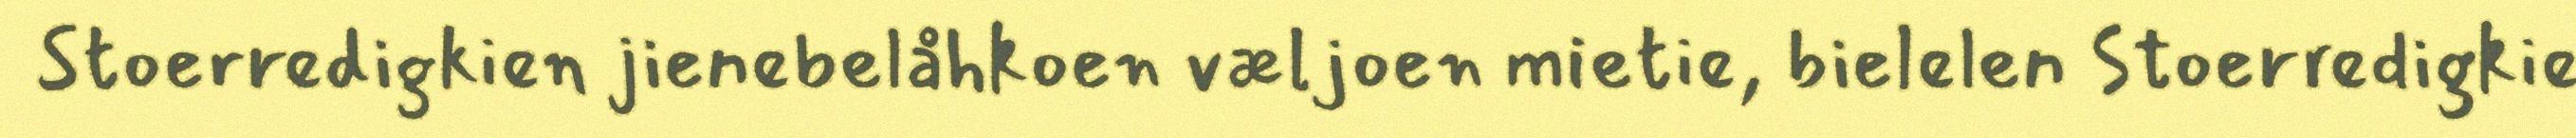
Stoerredigkien jienebelåhkoen væljoen mietie, bielelen Stoerredigkie